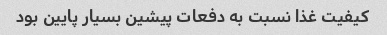
کیفیت غذا نسبت به دفعات پیشین بسیار پایین بود